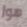
هوا